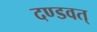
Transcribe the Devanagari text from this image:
दण्डवत्‌